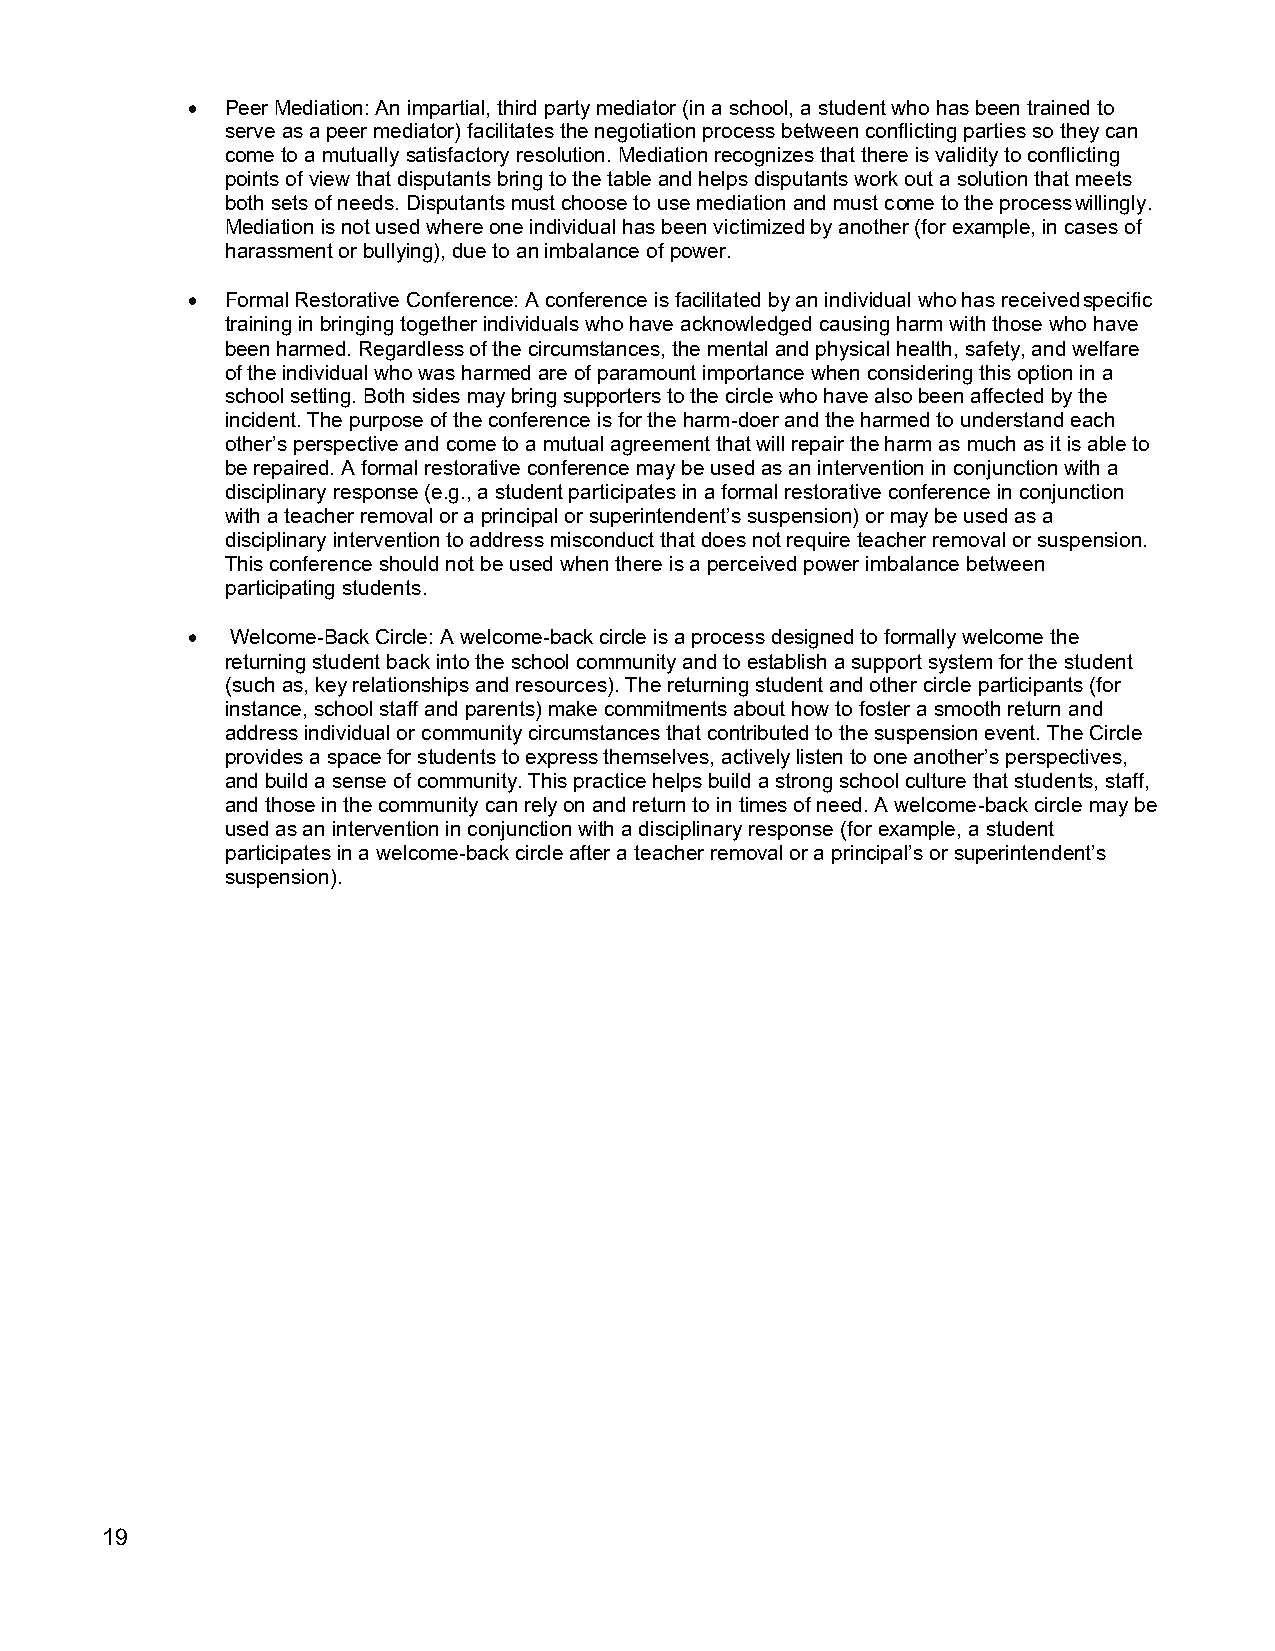
•  Peer Mediation: An impartial, third party mediator (in a school, a student who has been trained to
 serve as a peer mediator) facilitates the negotiation process between conflicting parties so they can
 come to a mutually satisfactory resolution. Mediation recognizes that there is validity to conflicting
 points of view that disputants bring to the table and helps disputants work out a solution that meets
 both sets of needs. Disputants must choose to use mediation and must come to the process willingly.
 Mediation is not used where one individual has been victimized by another (for example, in cases of
 harassment or bullying), due to an imbalance of power.
 •  Formal Restorative Conference: A conference is facilitated by an individual who has received specific
 training in bringing together individuals who have acknowledged causing harm with those who have
 been harmed. Regardless of the circumstances, the mental and physical health, safety, and welfare
 of the individual who was harmed are of paramount importance when considering this option in a
 school setting. Both sides may bring supporters to the circle who have also been affected by the
 incident. The purpose of the conference is for the harm-doer and the harmed to understand each
 other’s perspective and come to a mutual agreement that will repair the harm as much as it is able to
 be repaired. A formal restorative conference may be used as an intervention in conjunction with a
 disciplinary response (e.g., a student participates in a formal restorative conference in conjunction
 with a teacher removal or a principal or superintendent’s suspension) or may be used as a
 disciplinary intervention to address misconduct that does not require teacher removal or suspension.
 This conference should not be used when there is a perceived power imbalance between
 participating students.
 •  Welcome-Back Circle: A welcome-back circle is a process designed to formally welcome the
 returning student back into the school community and to establish a support system for the student
 (such as, key relationships and resources). The returning student and other circle participants (for
 instance, school staff and parents) make commitments about how to foster a smooth return and
 address individual or community circumstances that contributed to the suspension event. The Circle
 provides a space for students to express themselves, actively listen to one another’s perspectives,
 and build a sense of community. This practice helps build a strong school culture that students, staff,
 and those in the community can rely on and return to in times of need. A welcome-back circle may be
 used as an intervention in conjunction with a disciplinary response (for example, a student
 participates in a welcome-back circle after a teacher removal or a principal’s or superintendent’s
 suspension).
 19